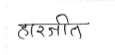
मजकूर: हारजीत